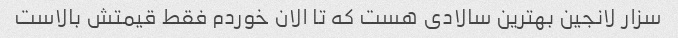
سزار لانجین بهترین سالادی هست که تا الان خوردم فقط قیمتش بالاست